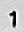
1